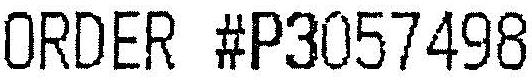
ORDER #P3057498